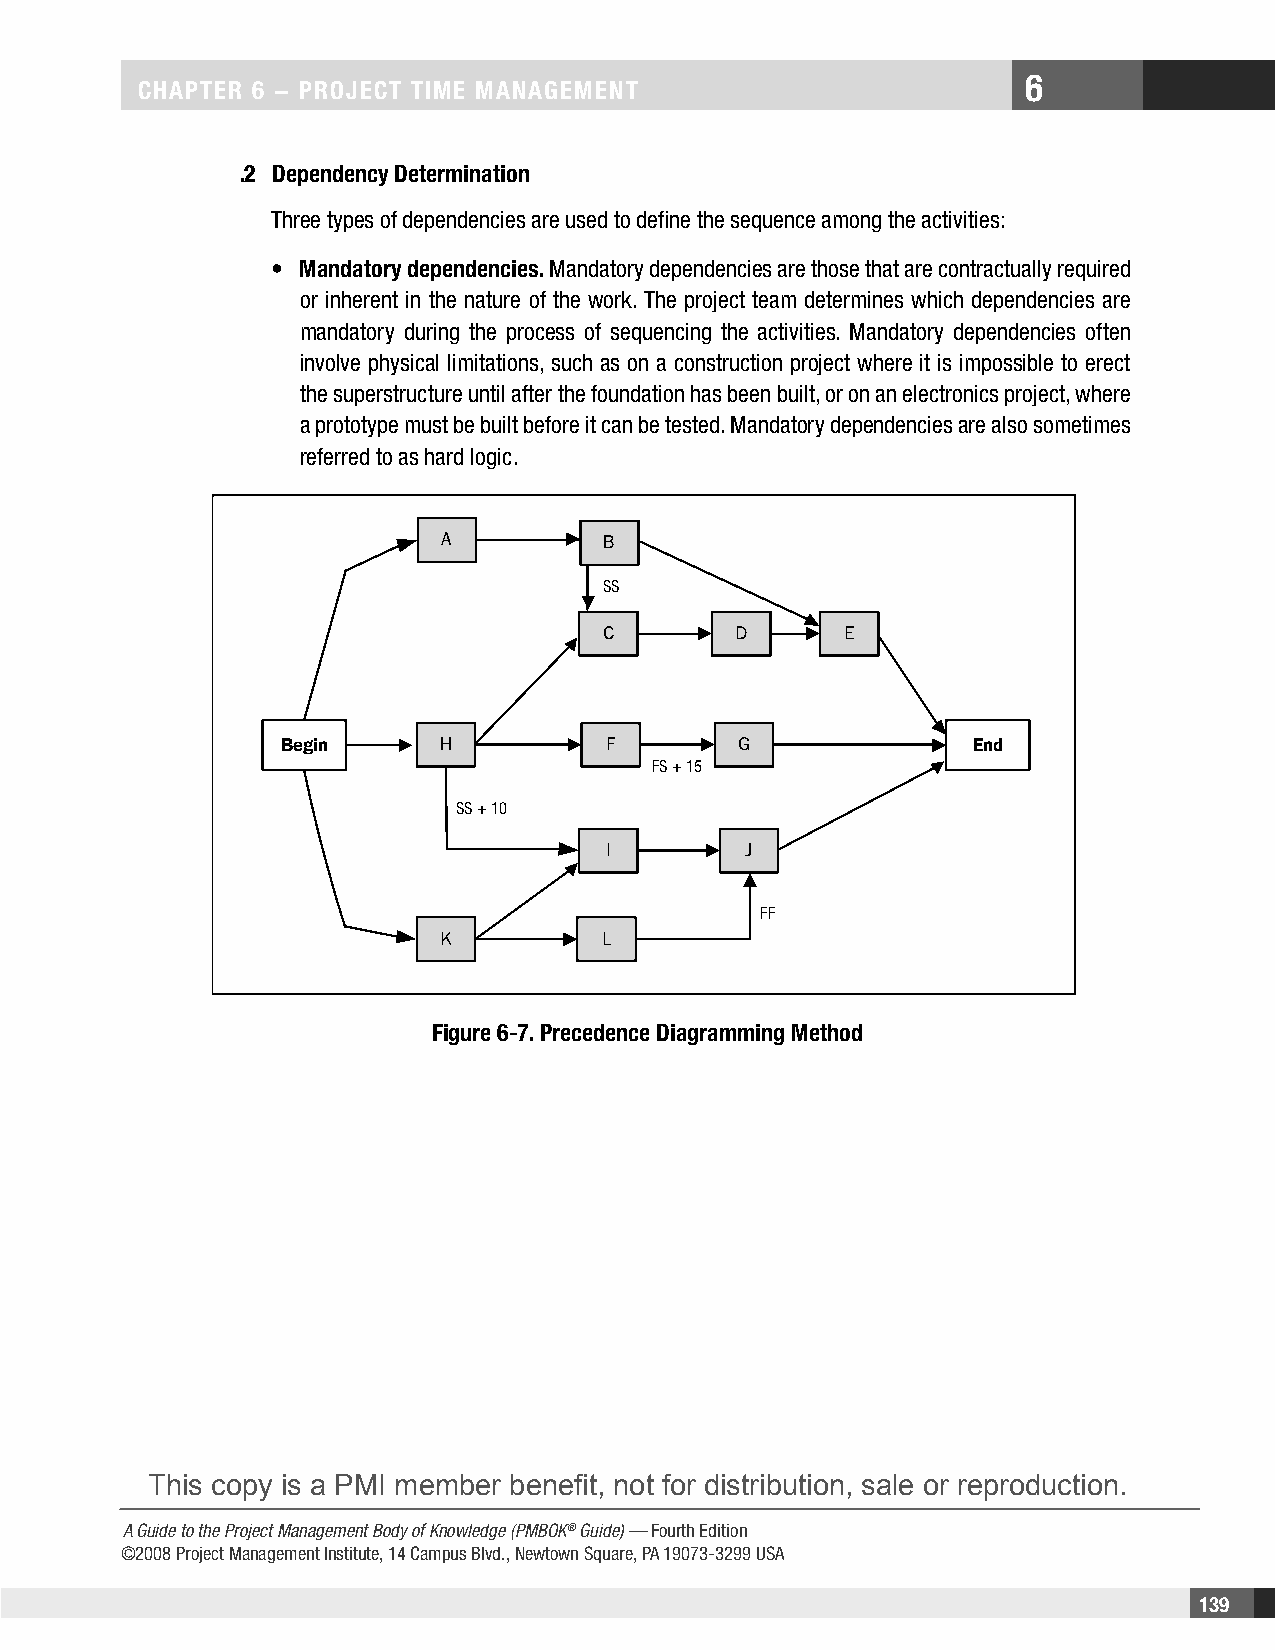
6
 CHAPTER 6 − PRojECT TimE mAnAgEmEnT
 .2 Dependency Determination
 Three types of dependencies are used to define the sequence among the activities:
 • mandatory dependencies. Mandatory dependencies are those that are contractually required
 or inherent in the nature of the work. The project team determines which dependencies are
 mandatory during the process of sequencing the activities. Mandatory dependencies often
 involve physical limitations, such as on a construction project where it is impossible to erect
 the superstructure until after the foundation has been built, or on an electronics project, where
 a prototype must be built before it can be tested. Mandatory dependencies are also sometimes
 referred to as hard logic.
 A          B
 SS
 C        D      E
 Begin     H          F        G               End
 FS + 15
 SS + 10
 I         J
 FF
 K          L
 Figure 6-7. Precedence Diagramming method
 This copy is a PMI member benefit, not for distribution, sale or reproduction.
 A Guide to the Project Management Body of Knowledge (PMBOK® Guide) — Fourth Edition
 ©2008 Project Management Institute, 14 Campus Blvd., Newtown Square, PA 19073-3299 USA
 139